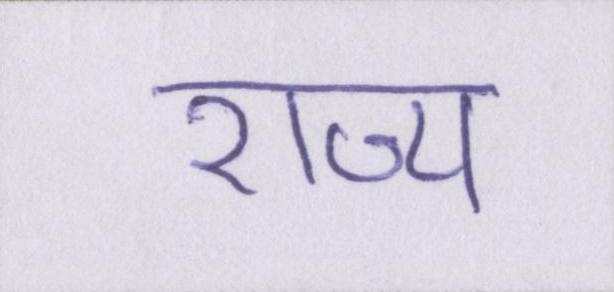
राज्य